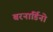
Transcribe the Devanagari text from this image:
बरनार्डिनो